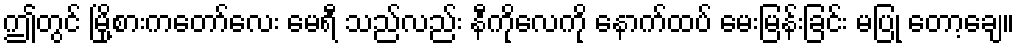
ဤတွင် မြို့စားကတော်လေး မေရီ သည်လည်း နီကိုလေကို နောက်ထပ် မေးမြန်းခြင်း မပြု တော့ချေ။